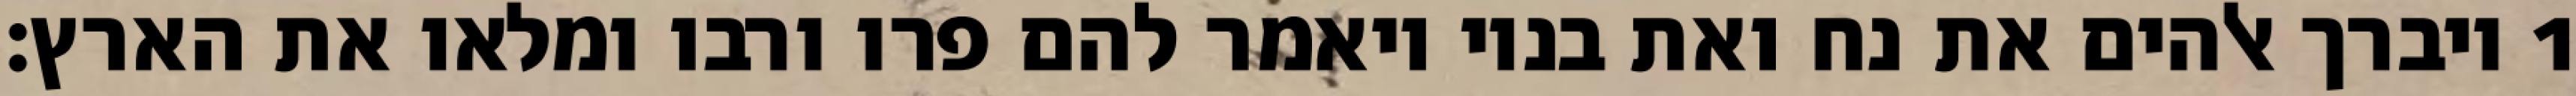
1 ויברך אלהים את נח ואת בניו ויאמר להם פרו ורבו ומלאו את הארץ׃